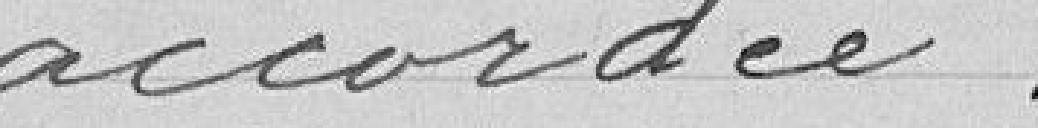
accordée.